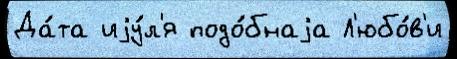
Да́та иjу́л'я подо́бнаjа Л'юбо́в'и